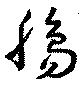
膓